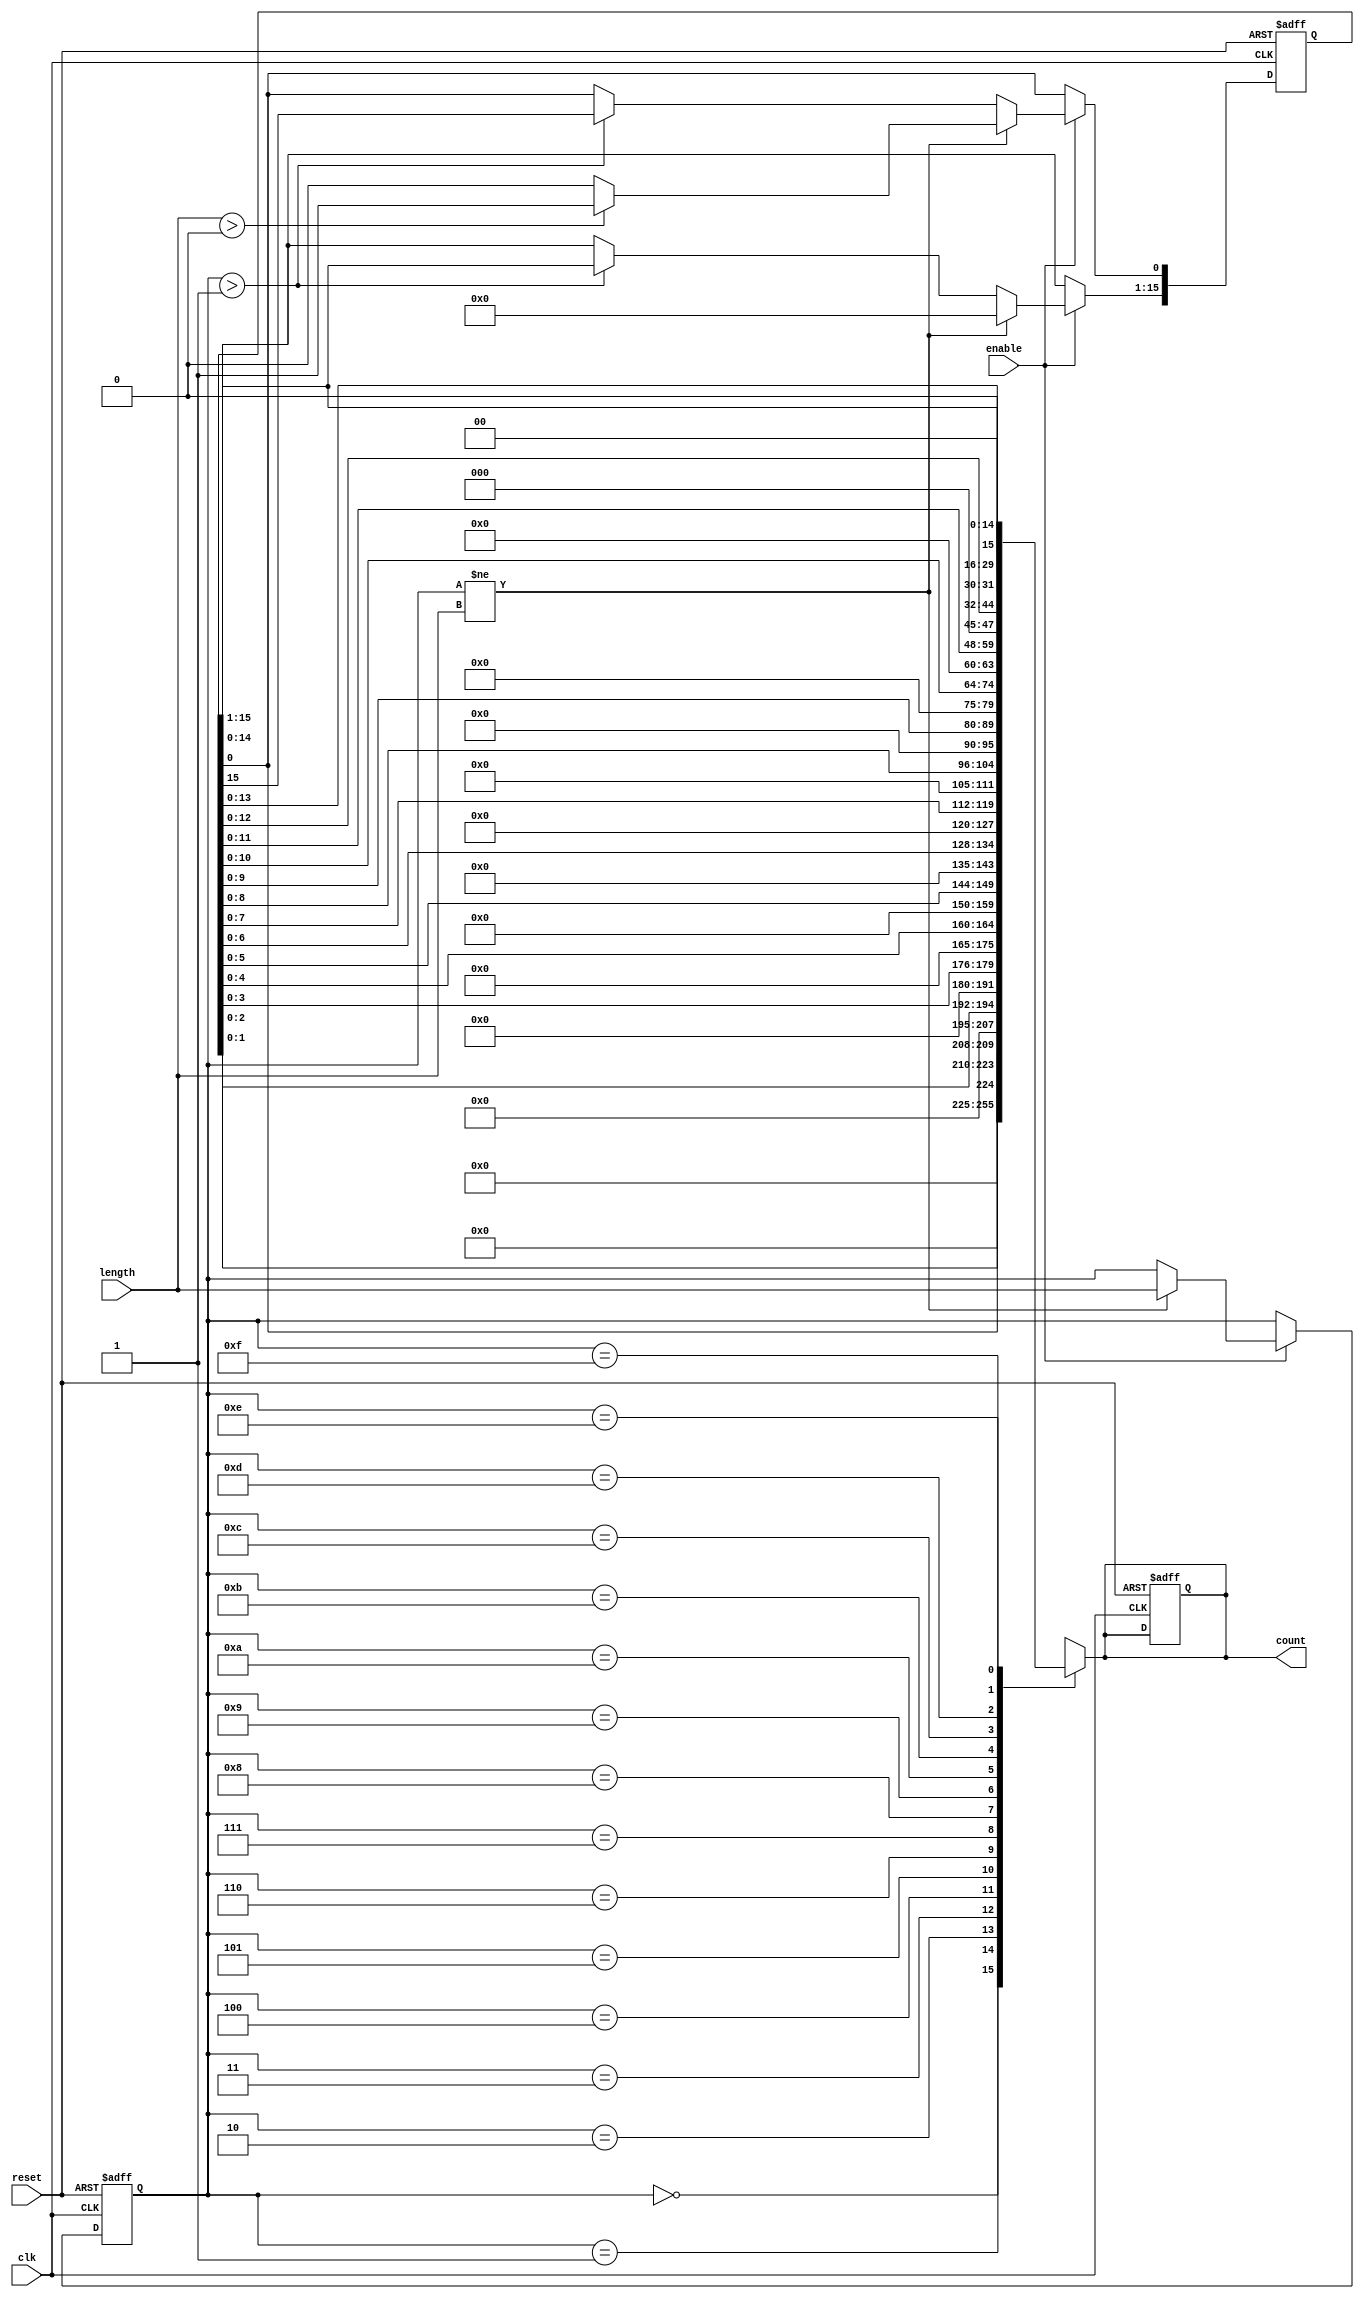
module variable_length_ring_counter (
    input wire clk,                 // Clock signal
    input wire reset,               // Asynchronous reset signal
    input wire [3:0] length,        // Input to specify the number of bits (states)
    input wire enable,              // Control signal to start/stop the counter
    output reg [15:0] count         // Output vector representing the current state (max 16 bits)
);

    parameter MAX_LENGTH = 16;  // Define the maximum length of the counter (16 bits)
    
    reg [MAX_LENGTH-1:0] state;   // Register to hold the current state of the ring counter
    reg [3:0] current_length;      // Register to hold the currently set length of the counter

    always @(posedge clk or posedge reset) begin
        if (reset) begin
            // On reset, initialize the state
            state <= 16'b0000000000000001; // Setting LSB to '1' and all others to '0'
            current_length <= 0;           // Reset current length
            count <= 16'b0000000000000000; // Reset output count
        end else if (enable) begin
            // Check if length has changed and reinitialize if necessary
            if (current_length != length) begin
                current_length <= length;
                state <= 0;                                // Reset state
                if (length > 0) state[0] <= 1'b1;         // Set LSB to '1' if length > 0
            end else begin
                // State transition logic for the ring counter
                if (current_length > 1) begin
                    state <= {state[MAX_LENGTH-2:0], state[MAX_LENGTH-1]}; // Shift left and wrap MSB
                end
            end
        end
    end

    always @* begin
        // Assign count for output, limiting to the current length
        case (current_length)
            0: count = 16'b0; // No active bits
            1: count = {15'b0, state[0]}; // Reduce to 1 bit
            2: count = {14'b0, state[1:0]}; // Reduce to 2 bits
            3: count = {13'b0, state[2:0]}; // Reduce to 3 bits
            4: count = {12'b0, state[3:0]}; // Reduce to 4 bits
            5: count = {11'b0, state[4:0]}; // Reduce to 5 bits
            6: count = {10'b0, state[5:0]}; // Reduce to 6 bits
            7: count = {9'b0, state[6:0]};  // Reduce to 7 bits
            8: count = {8'b0, state[7:0]};  // Reduce to 8 bits
            9: count = {7'b0, state[8:0]};  // Reduce to 9 bits
            10: count = {6'b0, state[9:0]}; // Reduce to 10 bits
            11: count = {5'b0, state[10:0]}; // Reduce to 11 bits
            12: count = {4'b0, state[11:0]}; // Reduce to 12 bits
            13: count = {3'b0, state[12:0]}; // Reduce to 13 bits
            14: count = {2'b0, state[13:0]}; // Reduce to 14 bits
            15: count = {1'b0, state[14:0]}; // Reduce to 15 bits
            16: count = state;                // 16 bits for full output
            default: count = 16'b0;          // Default case
        endcase
    end

endmodule